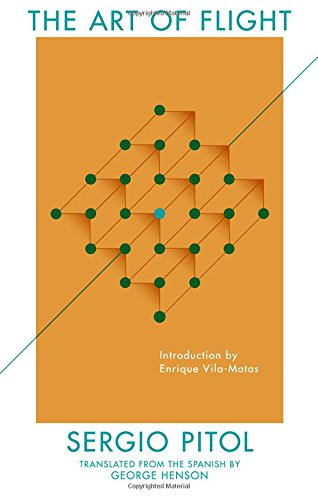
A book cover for The Art of Flight; Sergio Pitol; Literature & Fiction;